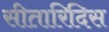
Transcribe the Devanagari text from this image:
सीतारिदिस